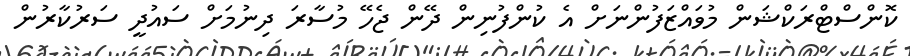
ކޮންސްޓްރަކްޝަން މުވައްޒަފުންނަށް އެ ކުންފުނިން ދޭން ޖެހޭ މުސާރަ ދިނުމަށް ސައުދީ ސަރުކާރުން